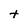
Character: t